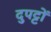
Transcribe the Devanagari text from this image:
दुपट्टों